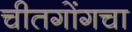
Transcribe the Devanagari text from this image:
चीतगोंगचा